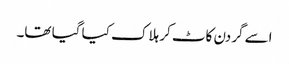
اسے گردن کاٹ کر ہلاک کیا گیا تھا۔